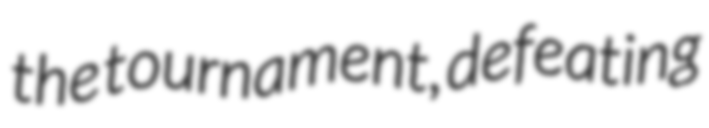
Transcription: the tournament, defeating